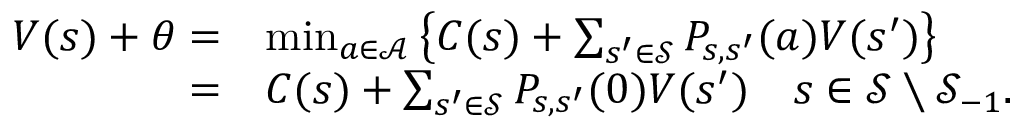
\begin{array} { r l } { V ( s ) + \theta = } & { \operatorname* { m i n } _ { a \in \mathcal { A } } \left\lbrace C ( s ) + \sum _ { s ^ { \prime } \in \mathcal { S } } P _ { s , s ^ { \prime } } ( a ) V ( s ^ { \prime } ) \right\rbrace } \\ { = } & { C ( s ) + \sum _ { s ^ { \prime } \in \mathcal { S } } P _ { s , s ^ { \prime } } ( 0 ) V ( s ^ { \prime } ) \quad s \in \mathcal { S } \setminus \mathcal { S } _ { - 1 } . } \end{array}